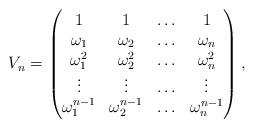
LaTeX: \begin{align*}V_{n} =\begin{pmatrix}1 &1 &\hdots& 1\\\omega_1 &\omega_2 &\hdots& \omega_n\\\omega_1^2 &\omega_2^2 &\hdots& \omega_n^2\\\vdots &\vdots &\hdots& \vdots\\\omega_1^{n-1} &\omega_2^{n-1} &\hdots& \omega_n^{n-1}\\\end{pmatrix},\end{align*}